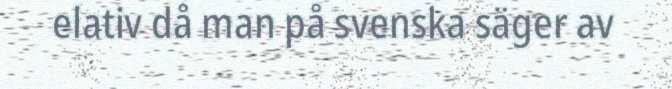
elativ då man på svenska säger av